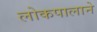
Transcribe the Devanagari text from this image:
लोकपालाने